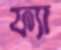
ফ্যা